65_HS1-834228961_62-HQ-83894_Section_2
Agency: FBI
Page 43
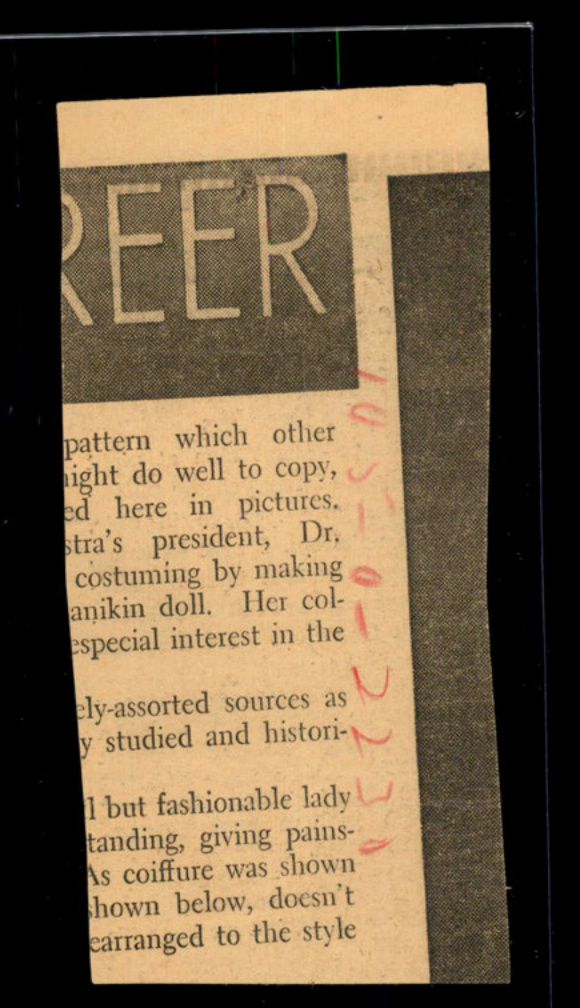